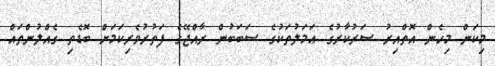
މިކަން މިހެން އޮތްއިރު ސަރުކާރުގެ ޢަމަލުތަކުގެ ސަބަބުން ރާއްޖޭގެ ފަތުރުވެރިކަމަށް ބޮޑެތި ގެއްލުންތައް